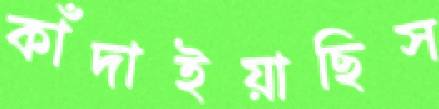
কাঁদাইয়াছিস